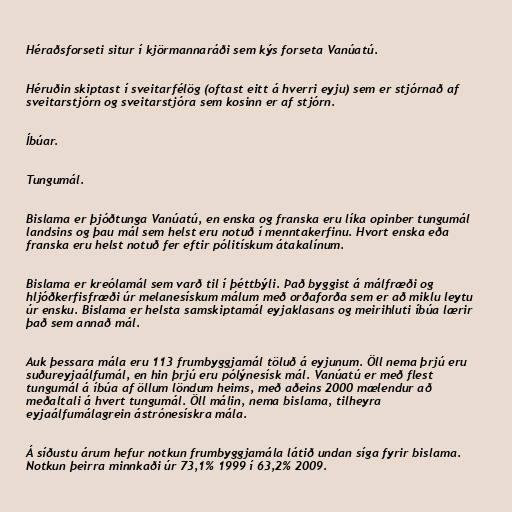
Héraðsforseti situr í kjörmannaráði sem kýs forseta Vanúatú.

Héruðin skiptast í sveitarfélög (oftast eitt á hverri eyju) sem er stjórnað af
sveitarstjórn og sveitarstjóra sem kosinn er af stjórn.

Íbúar.

Tungumál.

Bislama er þjóðtunga Vanúatú, en enska og franska eru líka opinber tungumál
landsins og þau mál sem helst eru notuð í menntakerfinu. Hvort enska eða
franska eru helst notuð fer eftir pólitískum átakalínum.

Bislama er kreólamál sem varð til í þéttbýli. Það byggist á málfræði og
hljóðkerfisfræði úr melanesískum málum með orðaforða sem er að miklu leytu
úr ensku. Bislama er helsta samskiptamál eyjaklasans og meirihluti íbúa lærir
það sem annað mál.

Auk þessara mála eru 113 frumbyggjamál töluð á eyjunum. Öll nema þrjú eru
suðureyjaálfumál, en hin þrjú eru pólýnesísk mál. Vanúatú er með flest
tungumál á íbúa af öllum löndum heims, með aðeins 2000 mælendur að
meðaltali á hvert tungumál. Öll málin, nema bislama, tilheyra
eyjaálfumálagrein ástrónesískra mála.

Á síðustu árum hefur notkun frumbyggjamála látið undan síga fyrir bislama.
Notkun þeirra minnkaði úr 73,1% 1999 í 63,2% 2009.